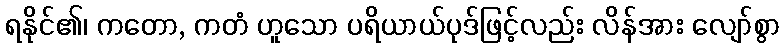
ရနိုင်၏၊ ကတော, ကတံ ဟူသော ပရိယာယ်ပုဒ်ဖြင့်လည်း လိန်အား လျော်စွာ